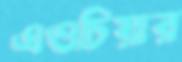
এওচিয়ার